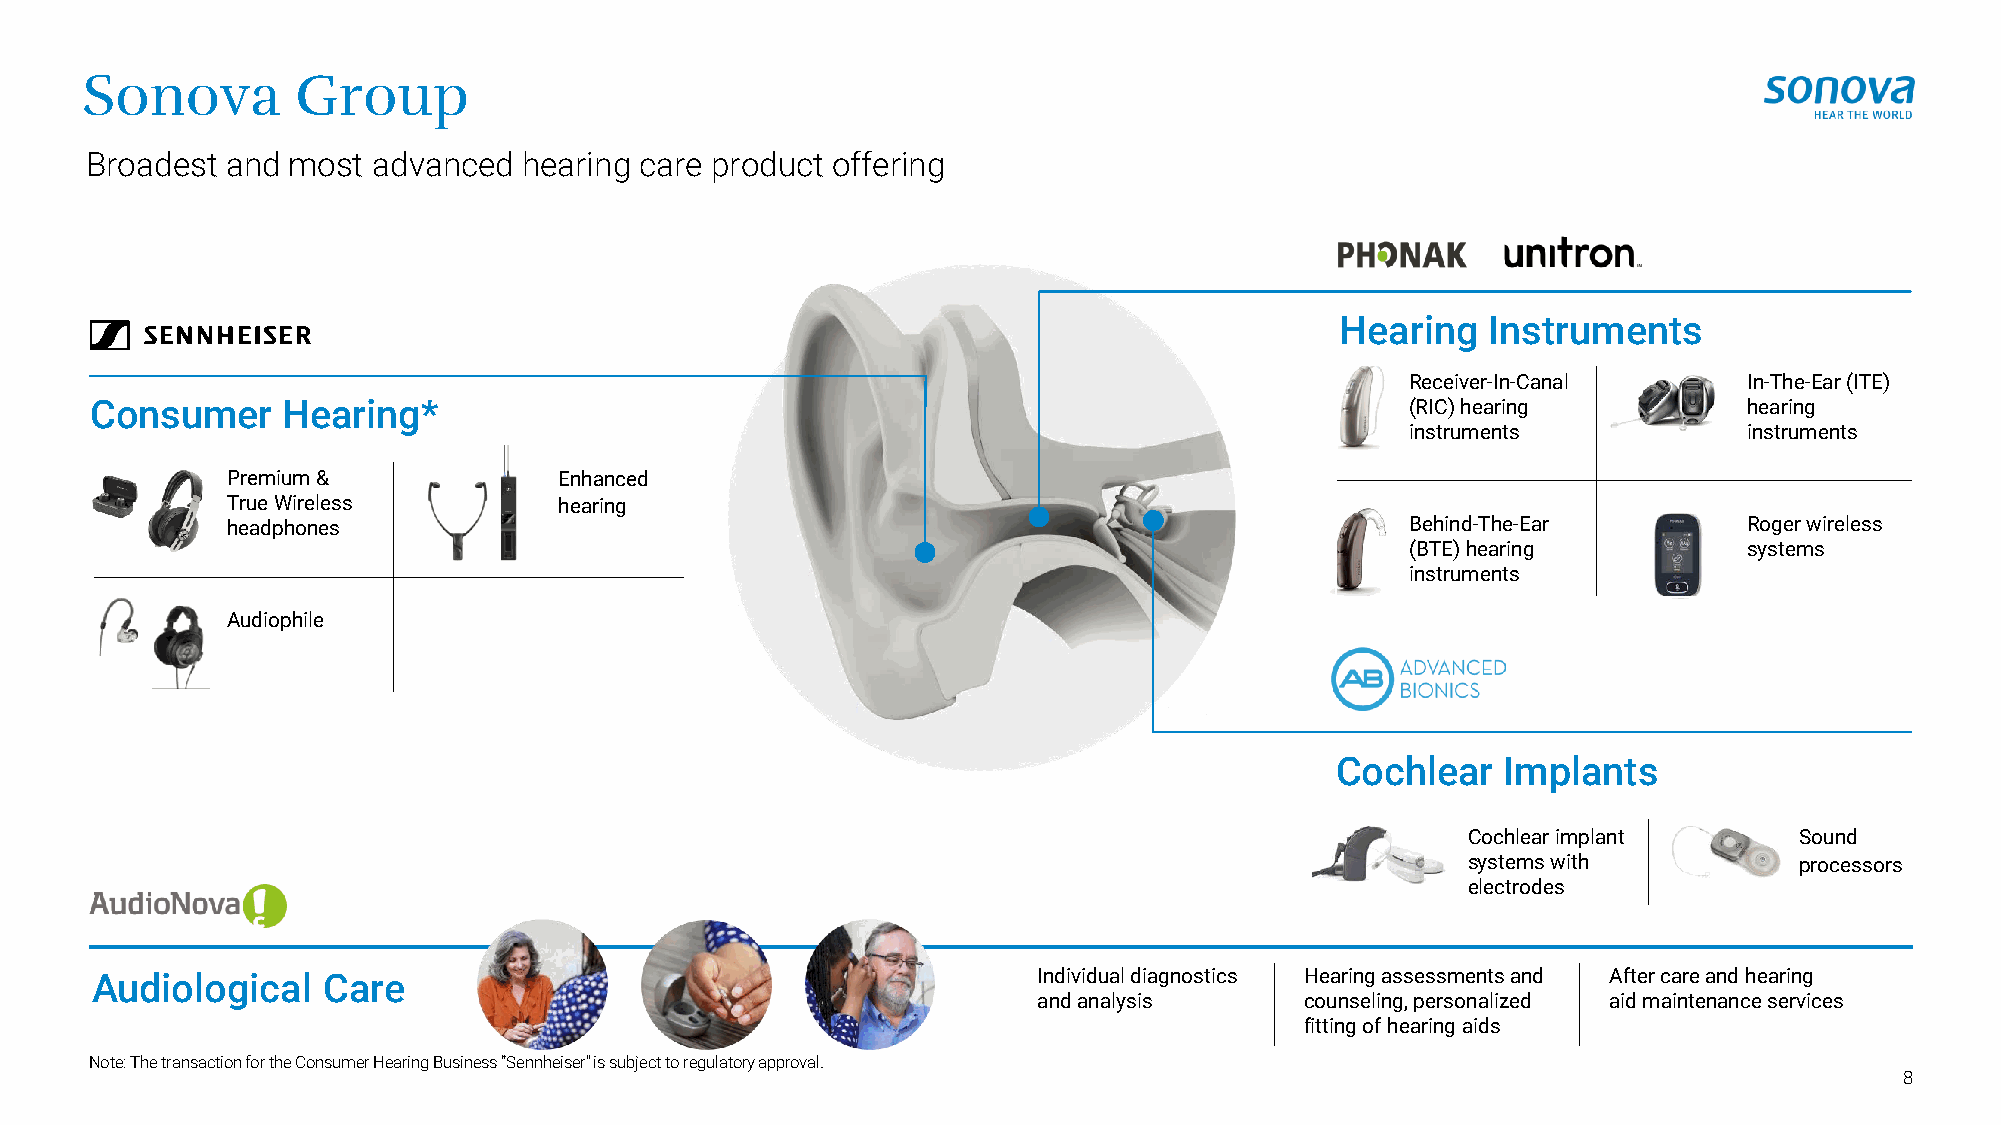
Sonova         Group
 Broadest and most  advanced  hearing care product offering
 Hearing  Instruments
 Receiver-In-Canal      In-The-Ear (ITE)
 Consumer     Hearing*                                                                  (RIC) hearing          hearing
 instruments            instruments
 Premium &             Enhanced
 True Wireless         hearing
 headphones                                                                    Behind-The-Ear         Roger wireless
 (BTE) hearing          systems
 instruments
 Audiophile
 Cochlear   Implants
 Cochlear implant      Sound
 systems with          processors
 electrodes
 Audiological   Care                                            Individual diagnostics Hearing assessments and After care and hearing
 and analysis     counseling, personalized aid maintenance services
 fitting of hearing aids
 Note: The transaction for the Consumer Hearing Business “Sennheiser” is subject to regulatory approval.
 8